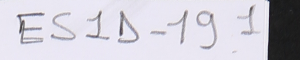
ES1D-19 ١